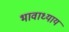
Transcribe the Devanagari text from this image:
भावाध्याय